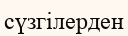
сүзгілерден